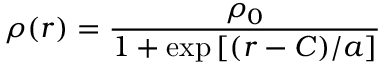
\rho ( r ) = \frac { \rho _ { 0 } } { 1 + \exp { [ ( r - C ) / a ] } }